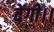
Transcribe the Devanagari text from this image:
देंगी।।